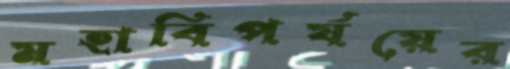
মহাবিপর্যয়ের